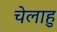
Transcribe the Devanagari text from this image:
चेलाहु